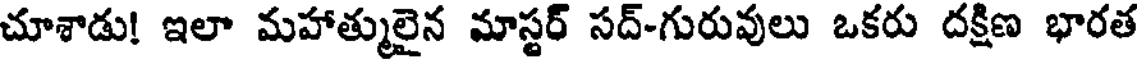
చూశాడు! ఇలా మహాత్ములైన మాస్టర్ సద్-గురువులు ఒకరు దక్షిణ భారత